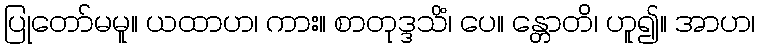
ပြုတော်မမူ။ ယထာဟ၊ ကား။ စာတုဒ္ဒသိံ၊ ပေ။ န္တောတိ၊ ဟူ၍။ အာဟ၊